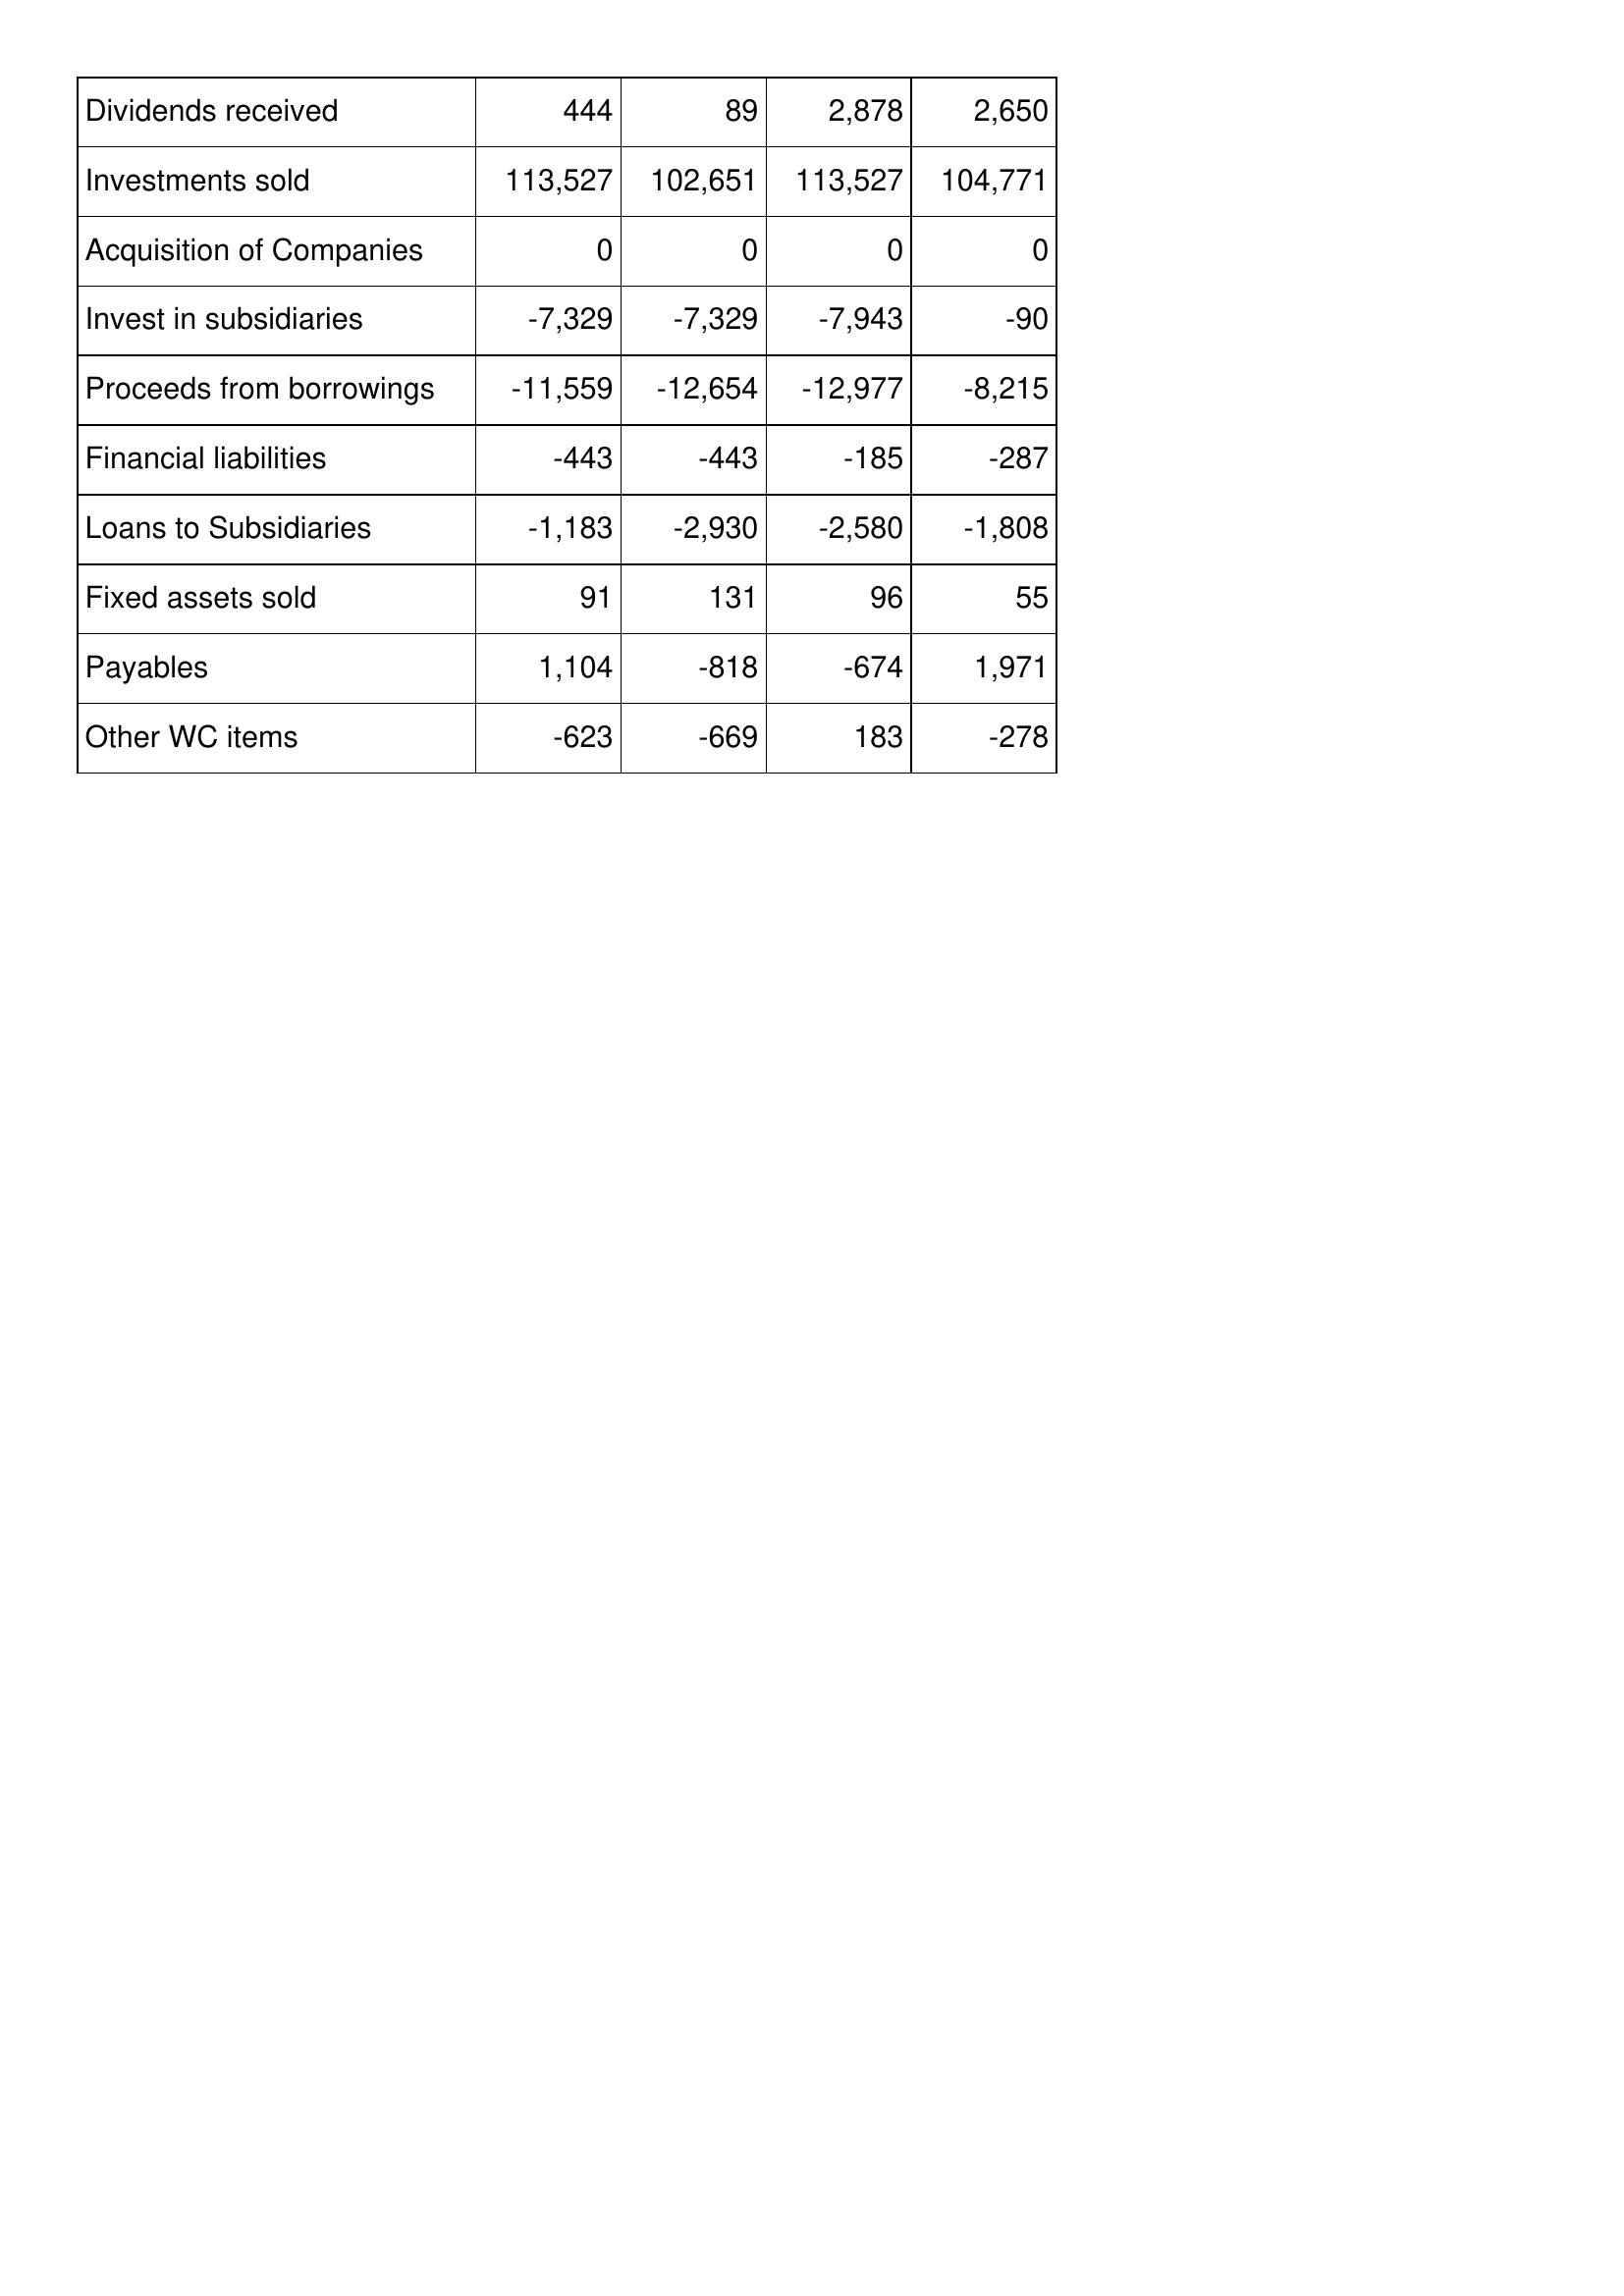
Sep-07: Cash Flows: Dividends received: 444
Investments sold: 113,527
Acquisition of Companies: 0
Invest in subsidiaries: -7,329
Proceeds from borrowings: -11,559
Financial liabilities: -443
Loans to Subsidiaries: -1,183
Fixed assets sold: 91
Payables: 1,104
Other WC items: -623
Sep-08: Cash Flows: Dividends received: 89
Investments sold: 102,651
Acquisition of Companies: 0
Invest in subsidiaries: -7,329
Proceeds from borrowings: -12,654
Financial liabilities: -443
Loans to Subsidiaries: -2,930
Fixed assets sold: 131
Payables: -818
Other WC items: -669
Sep-09: Cash Flows: Dividends received: 2,878
Investments sold: 113,527
Acquisition of Companies: 0
Invest in subsidiaries: -7,943
Proceeds from borrowings: -12,977
Financial liabilities: -185
Loans to Subsidiaries: -2,580
Fixed assets sold: 96
Payables: -674
Other WC items: 183
Sep-10: Cash Flows: Dividends received: 2,650
Investments sold: 104,771
Acquisition of Companies: 0
Invest in subsidiaries: -90
Proceeds from borrowings: -8,215
Financial liabilities: -287
Loans to Subsidiaries: -1,808
Fixed assets sold: 55
Payables: 1,971
Other WC items: -278